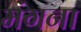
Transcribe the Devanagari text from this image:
मंगना